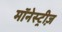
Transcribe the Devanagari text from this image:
मॉनेस्ट्रीज़